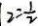
2 = \frac { 1 } { 2 }